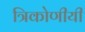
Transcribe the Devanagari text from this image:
त्रिकोणीयी